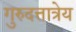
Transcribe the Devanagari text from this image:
गुरुदत्तात्रेय